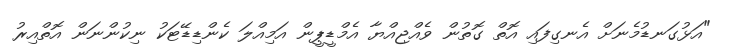
"އަޅުގަނޑުމެނަށް އެނގިފައި އޮތް ގޮތުން ވެއްޖިއްޔާ އެމްޑީޕީން އަމިއްލަ ކެންޑިޑޭޓަކު ނިކުންނަން އޮތްއިރު